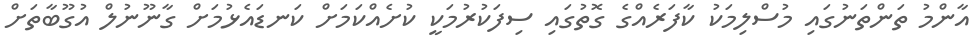
އާންމު ތަންތަނުގައި މުސްލިމަކު ކާފަރެއްގެ ގޮތުގައި ސިފަކުރުމަކީ ކުށެއްކަމަށް ކަނޑައެޅުމަށް ގާނޫނުލް އުގޫބާތަށް